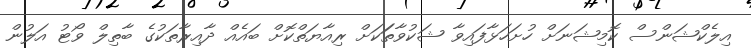
އިލެކްޝަންސް ކޮމިޝަނަށް ހުށަހަޅާފައިވާ ޝަކުވާތަަކަށް ރިއާޔަތްކޮށް ބައެއް ދާއިރާތަކުގެ ބާތިލް ވޯޓު އަލުން